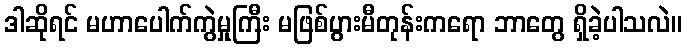
ဒါဆိုရင် မဟာပေါက်ကွဲမှုကြီး မဖြစ်ပွားမီတုန်းကရော ဘာတွေ ရှိခဲ့ပါသလဲ။